King Institute of Preventive Medicine Micro-Biological Section reports 1912-19
Year: 1912
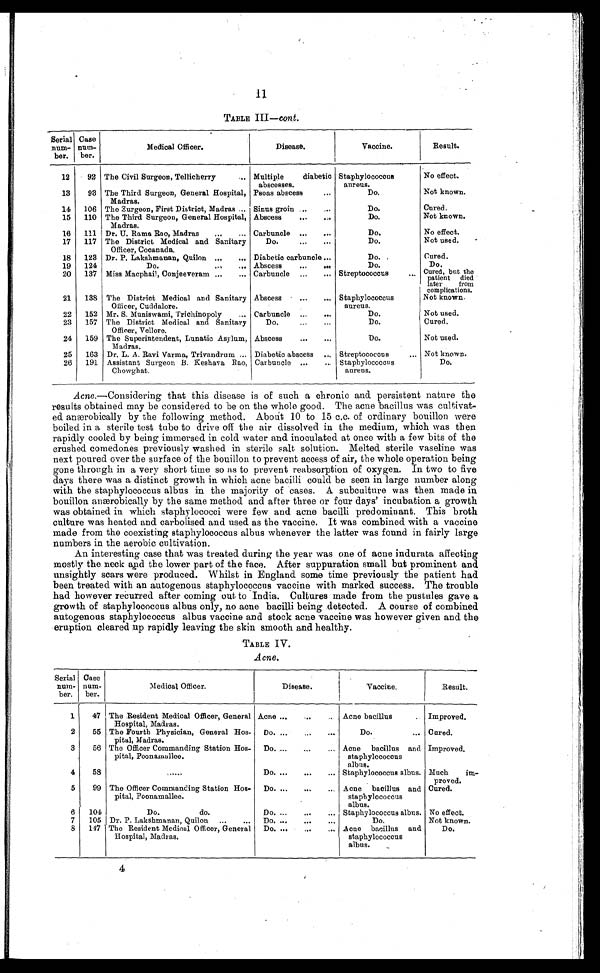
TABLE III—cont.
Serial
num
-ber.
Case
num-
ber.
Medical Officer.
Disease.
Vaccine.
Result.
12
92 The Civil Surgeon, Tellicherry . . . Multiple diabetic
abscesses.
Staphylococcus
aureus.
No effect.
13
93 The Third Surgeon, General Hospital,
Madras.
Psoas abscess . . .
Do.
Not known.
14
106 The Surgeon, First District, Madras . . . Sinus groin . . .
Do.
Cured.
15
110 The Third Surgeon, General Hospital,
Madras.
Abscess . . .
Do.
Not known.
16
111 Dr. U. Rama Rao, Madras . . . Carbuncle . . .
Do.
No effect.
17
117 The District Medical and Sanitary
Officer, Cocanada.
Do. . . .
Do.
Not used.
18
123 Dr. P. Lakshmanan, Quilon . . . Diabetic carbuncle . . .
Do.
Cured.
19
124
Do. . . Abscess . . .
Do.
Do.
20
137 Miss Macphail, Conjeeveram . . . Carbuncle . . . Streptococcus . . .
Cured, but the
patient died
later from
complications.
21
138 The District Medical and Sanitary
Officer, Cuddalore.
Abscess . . . Staphylococcus
aureus.
Not known.
22
152 Mr. S. Muniswami, Trichinopoly . . . Carbuncle . . .
Do.
Not used.
23
157 The District Medical and Sanitary
Officer, Vellore.
Do. . . .
Do.
Cured.
24
159 The Superintendent, Lunatic Asylum,
Madras.
Abscess . . .
Do.
Not used.
25
163 Dr. L. A. Ravi Varma, Trivandrum . . . Diabetic abscess
Streptococcus . . .
Not known.
26
191 Assistant Surgeon B. Keshava Rao,
Chowghat.
Carbuncle . . . Staphylococcus
aureus.
Do.
that this disease is of such a chronic and persistent nature the
results obtained may be considered to be on the whole good. The acne bacillus was cultivat-
- e d . a n æ r o b i c a l l y b y t h e f o l l o w i n g m e t h o d . A b o u t 1 0 t o 1 5 c . c . o f o r d i n a r y b o u i l l o n w e r e
boiled in a sterile test tube to drive off the air dissolved in the medium, which was then
rapidly cooled by being immersed in cold water and inoculated at once with a few bits of the
crushed comedones previously washed in sterile salt solution. Melted sterile vaseline was
next poured over the surface of the bouillon to prevent access of air, the whole operation being
gone through in a very short time so as to prevent reabsorption of oxygen. In two to five
days there was a distinct growth in which acne bacilli could be seen in large number along
with the staphylococcus albus in the majority of cases. A subculture was then made in
bouillon anærobically by the same method and after three or four days' incubation a growth
was obtained. in which staphylococci were few and acne bacilli predominant. This broth
culture was heated and carbolised and used as the vaccine. It was combined with a vaccine
made from the coexisting staphylococcus albus whenever the latter was found in fairly large
numbers in the aerobic cultivation.
An interesting case that was treated during the year was one of acne indurata affecting
mostly the neck and the lower part of the face. After suppuration small but prominent and
unsightly scars were produced. Whilst in England some time previously the patient had
been treated with an autogenous staphylococcus vaccine with marked success. The trouble
had however recurred after coming out to India. Cultures made from the pustules gave a
growth of staphylococcus albus only, no acne bacilli being detected. A course of combined
autogenous staphylococcus albus vaccine and stock acne vaccine was however given and the
eruption cleared up rapidly leaving the skin smooth and healthy.
'TABLE IV.
Acne.
Serial
num-
ber.
Case
num-
ber.
Medical Officer.
Disease.
Vacci ne.
Result.
1
47 The Resident Medical Officer, General
Hospital, Madras.
Acne . . .
Acne bacillus . . . Improved.
2
55 The Fourth Physician, General Hos-
pital, Madras.
Do. . . .
Do. . . . Cured.
3
56 The Officer Commanding Station Hos
-pital, Poonamallee.
Do. . . . Acne bacillus and
staphylococcus
albus.
Improved.
4
58
. . .
Do. . . . Staphylococcus albus. Much im
-proved.
5
99 The Officer Commanding Station Hos
-pital, Poonamallee.
Do. . . . Acne bacillus and
staphylococcus
albus.
Cured.
6
101
Do. do.
Do. . . . Staphylococcus albus. No effect.
7 105 Dr. P. Lakshmanan, Quilon . . . Do. . . .
Do.
Not known.
8
147 The Resident Medical Officer, General
Hospital, Madras.
Do. . . . Acne bacillus and
staphylococcus
albus.
Do.4
4